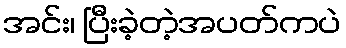
အင်း၊ ပြီးခဲ့တဲ့အပတ်ကပဲ